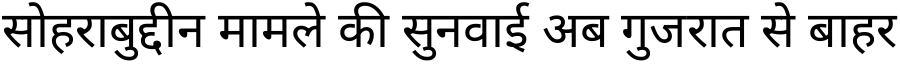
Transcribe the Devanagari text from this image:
सोहराबुद्दीन मामले की सुनवाई अब गुजरात से बाहर